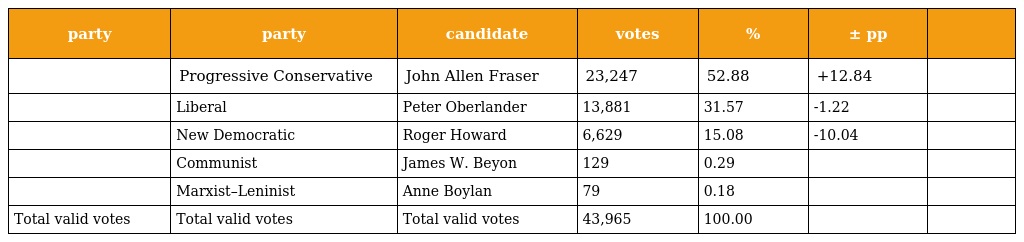
| party | party | candidate | votes | % | ± pp |  |
 | --- | --- | --- | --- | --- | --- | --- |
 |  | Progressive Conservative | John Allen Fraser | 23,247 | 52.88 | +12.84 |  |
 |  | Liberal | Peter Oberlander | 13,881 | 31.57 | -1.22 |  |
 |  | New Democratic | Roger Howard | 6,629 | 15.08 | -10.04 |  |
 |  | Communist | James W. Beyon | 129 | 0.29 |  |  |
 |  | Marxist–Leninist | Anne Boylan | 79 | 0.18 |  |  |
 | Total valid votes | Total valid votes | Total valid votes | 43,965 | 100.00 |  |  |